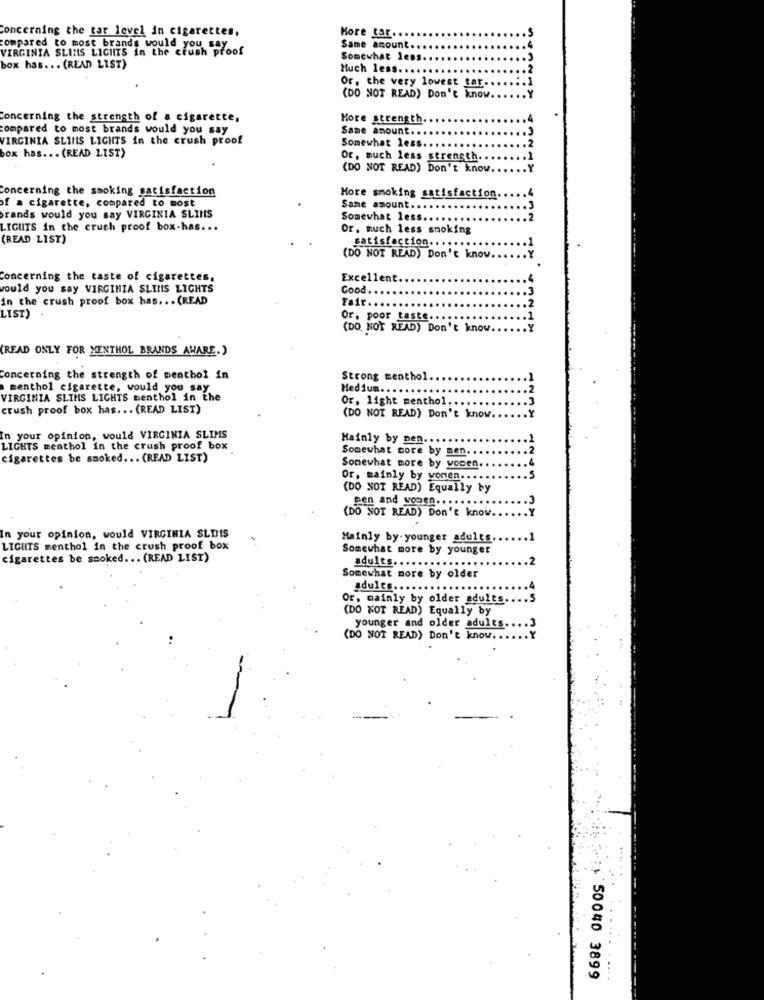
concerning the tar level in cigarettes,
More Car ..
compared to most brands would you sa
VIRGINIA SLIMS LIGHTS in the crush proof
Same amount
Somewhat le
box has ... (READ LIST)
Much less ...
Or, the very lowest tar-
(DO NOT READ) Don't know.
Concerning the strength of a cigarette,
Hore strength.
compared to most brands would you say
Same amount ...
VIRGINIA SLINS LICHTS in the crush proof
Somewhat less.
box has. . . (READ LIST)
Or, much less strength ..
(DO NOT READ) Don't know
Concerning the smoking satisfaction
of a cigarette, compared to most
More smoking satisfaction.
Same amount.
brands would you say VIRGINIA SLIIS
Somewhat less ...
LIGHTS in the cruch proof box-has ...
Or, much less smoking
(READ LIST)
satisfaction .. .
(DO NOT READ) Don't know
Concerning the taste of cigarettes,
Excellent.
would you say VIRGINIA SLIMS LIGHTS
Good
in the crush proof box has .. . (READ
Fair ...
LIST)
Or, poor taste.
(DO NOT READ) Don't know
(READ ONLY FOR MENTHOL BRANDS AWARE.)
Concerning the strength of menthol in
Strong menthol
menthol cigarette, would you say
Medium ...
VIRGINIA SLIMS LIGHTS menthol in the
Or, light menthol.
crush proof box has ... (READ LIST)
(DO NOT READ) Don't know
In your opinion, would VIRGINIA SLIMS
Mainly by nen ....
LIGHTS menthol in the crush proof box
Somewhat core by men ...
cigarettes be smoked ... (READ LIST)
Somewhat more by vonen.
Or, mainly by vonen ... . .
(DO NOT READ) Equally by
men and women .. . ..
(DO NOT READ) Don't know ..
In your opinion, would VIRGINIA SLIIS
Mainly by.younger adults
LIGHTS menthol in the crush proof box
Somewhat more by younger
cigarettes be smoked ... (READ LIST)
adults ...
Somewhat more by older
adults.
Or, mainly by older adults.
(DO NOT READ) Equally by
younger and older adults.
(DO NOT READ) Don't know ...
50040 3899